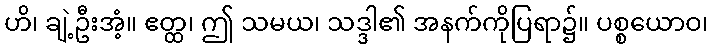
ဟိ၊ ချဲ့ဦးအံ့။ ဧတ္ထ၊ ဤ သမယ၊ သဒ္ဒါ၏ အနက်ကိုပြရာ၌။ ပစ္စယောဝ၊